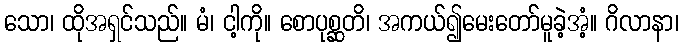
သော၊ ထိုအရှင်သည်။ မံ၊ ငါ့ကို။ စောပုစ္ဆတိ၊ အကယ်၍မေးတော်မူခဲ့အံ့။ ဂိလာနာ၊